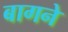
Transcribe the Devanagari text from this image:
बागने